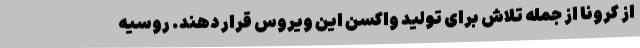
از کرونا از جمله تلاش برای تولید واکسن این ویروس قرار دهند. روسیه